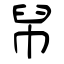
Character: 帠